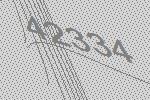
42334